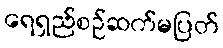
ရေရှည်စဉ်ဆက်မပြတ်